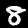
Label: 8